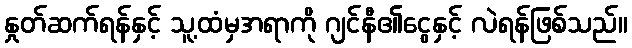
နှုတ်ဆက်ရန်နှင့် သူ့ထံမှအရာကို ဂျင်နီ၏ငွေနှင့် လဲရန်ဖြစ်သည်။